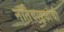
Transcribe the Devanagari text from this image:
नातेवाइकांची